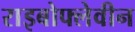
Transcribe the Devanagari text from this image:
राइबोफ्लेवीन